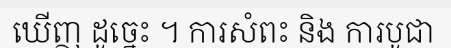
ឃើញ ដូច្នេះ ។ ការសំពះ និង ការបូជា